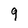
Character: 9